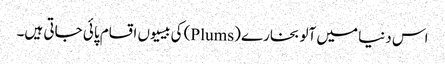
اس دنیا میں آلو بخارے (Plums) کی بیسیوں اقسام پائی جاتی ہیں۔